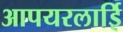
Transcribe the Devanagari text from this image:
आपयरलाईि